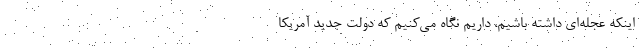
اینکه عجله‌ای داشته باشیم، داریم نگاه می‌کنیم که دولت جدید آمریکا